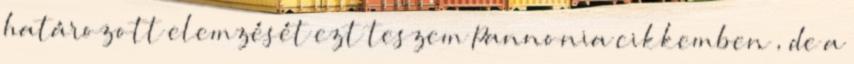
határozott elemzését ezt teszem Pannonia cikkemben , de a